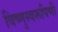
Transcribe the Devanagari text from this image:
विष्णुस्वरूपिणी